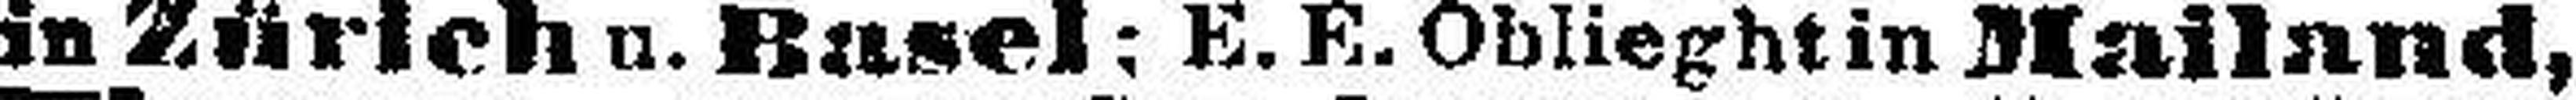
in Zürich u. Basel: E. E. Oblieghtin Mailand,